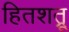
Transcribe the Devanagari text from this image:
हितशत्रू